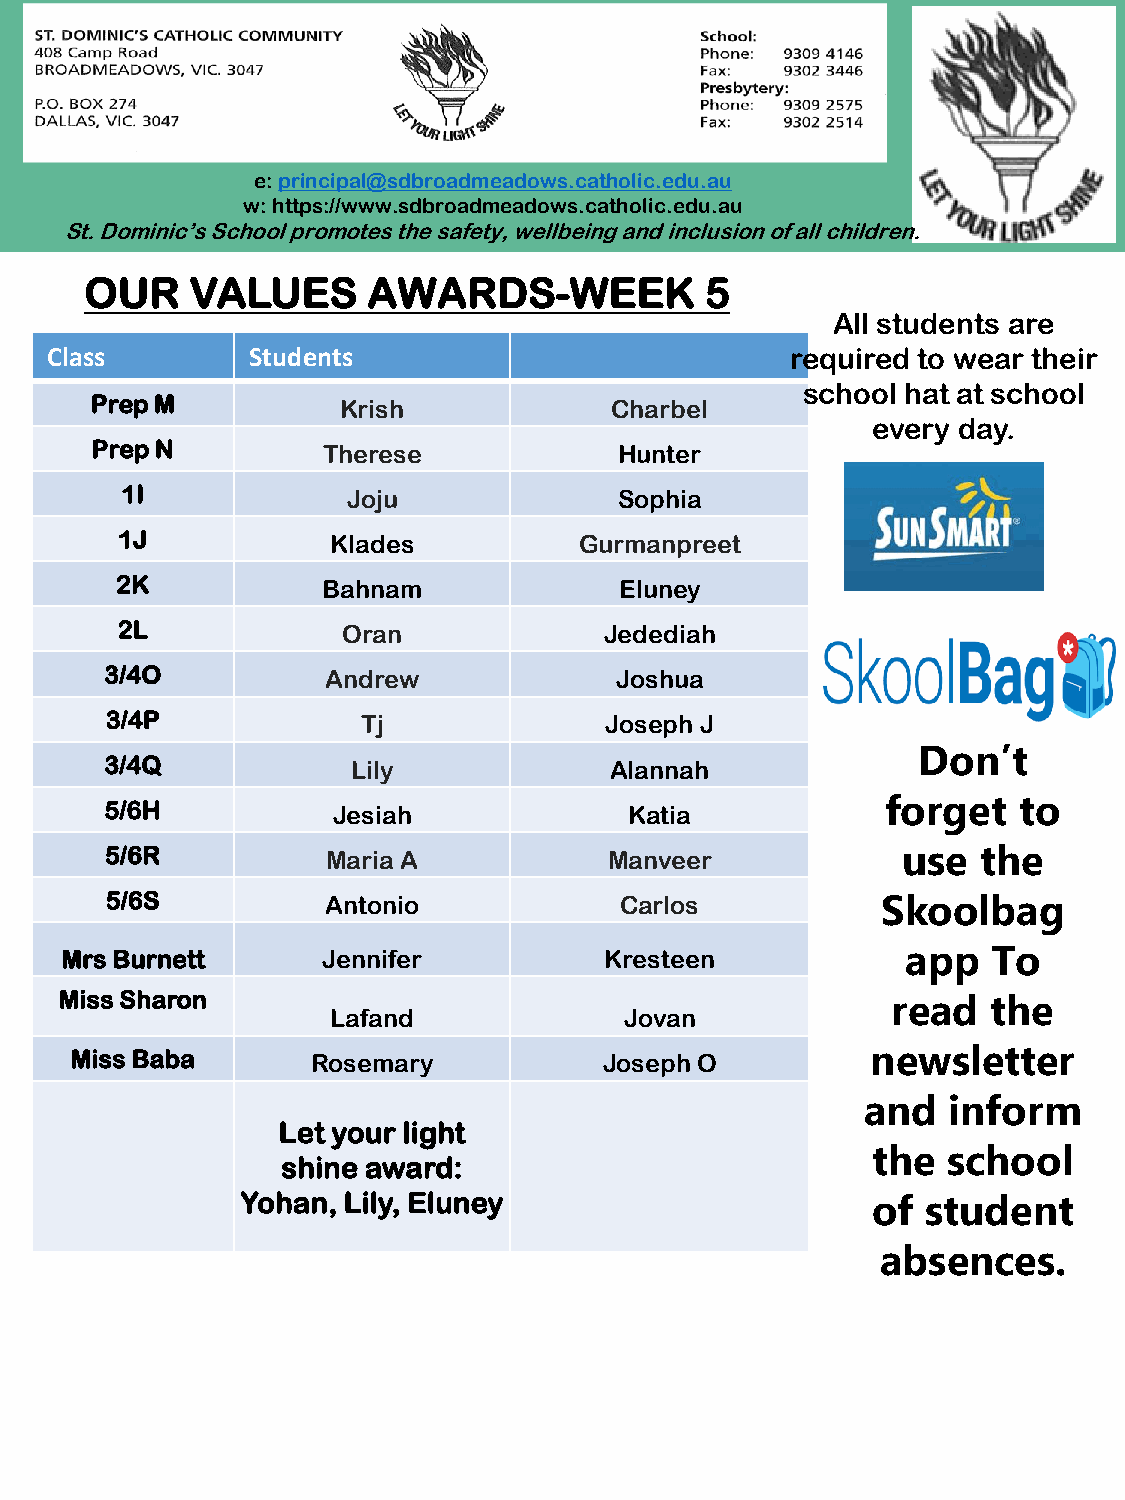
e: principal@sdbroadmeadows.catholic.edu.au
 w: https://www.sdbroadmeadows.catholic.edu.au
 St. Dominic’s School promotes the safety, wellbeing and inclusion of all children.
 OUR    VALUES     AWARDS-WEEK            5
 All students are
 Class        Students                            required to wear their
 school hat at school
 Prep M          Krish             Charbel
 every day.
 Prep N         Therese             Hunter
 1I             Joju              Sophia
 1J            Klades          Gurmanpreet
 2K           Bahnam              Eluney
 2L             Oran             Jedediah
 3/4O           Andrew             Joshua
 3/4P             Tj              Joseph J
 Don’t
 3/4Q            Lily             Alannah
 forget  to
 5/6H           Jesiah              Katia
 5/6R           Maria A           Manveer             use  the
 5/6S           Antonio            Carlos           Skoolbag
 Mrs Burnett      Jennifer           Kresteen            app   To
 Miss Sharon                                            read   the
 Lafand             Jovan
 Miss Baba       Rosemary           Joseph O          newsletter
 and   inform
 Let your light
 the  school
 shine award:
 Yohan, Lily, Eluney                       of student
 absences.